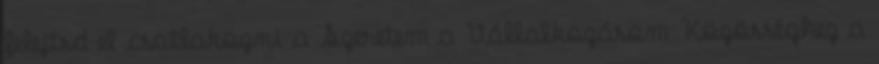
felejtsd el csatlakozni a Szeretem a Vállalkozásom Közösséghez a